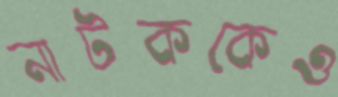
নাটককেও